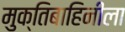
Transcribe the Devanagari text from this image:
मुक्तिबाहिनीला